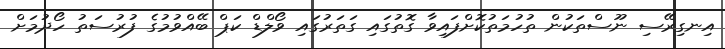
އިނގިރޭސި ނޫސްތަކުން ތުހުމަތުކޮށްފައިވާ ގޮތުގައި ގަތަރުގައި ވޯލްޑް ކަޕް ބޭއްވުމުގެ ފުރުސަތު ހޯދުމަށް